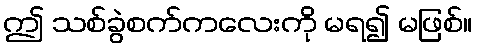
ဤ သစ်ခွဲစက်ကလေးကို မရ၍ မဖြစ်။